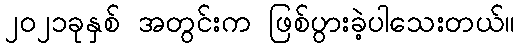
၂၀၂၁ခုနှစ် အတွင်းက ဖြစ်ပွားခဲ့ပါသေးတယ်။